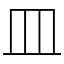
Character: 皿